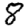
Digit: 8